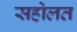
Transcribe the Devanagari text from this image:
सहोलत